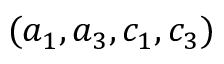
( a _ { 1 } , a _ { 3 } , c _ { 1 } , c _ { 3 } )